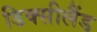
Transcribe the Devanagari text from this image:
डिक्सीलैंड